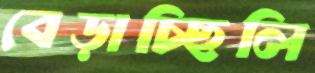
বেড়াচ্ছিলি